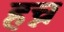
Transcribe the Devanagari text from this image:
हच्न